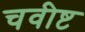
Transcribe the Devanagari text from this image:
चवीष्ट